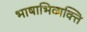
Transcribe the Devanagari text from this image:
भाषाभिव्यक्ति